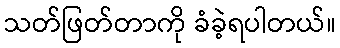
သတ်ဖြတ်တာကို ခံခဲ့ရပါတယ်။